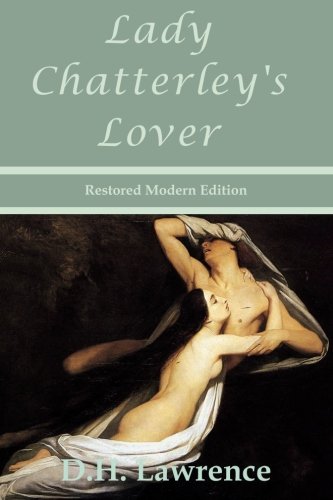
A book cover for Lady Chatterley's Lover by D.H. Lawrence - Restored Modern Edition; D.H. Lawrence; Romance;